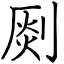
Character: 㓹